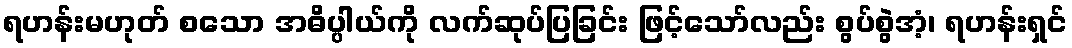
ရဟန်းမဟုတ် စသော အဓိပ္ပါယ်ကို လက်ဆုပ်ပြခြင်း ဖြင့်သော်လည်း စွပ်စွဲအံ့၊ ရဟန်းရှင်